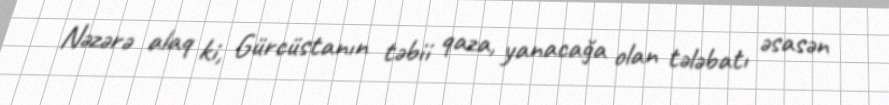
Nəzərə alaq ki, Gürcüstanın təbii qaza, yanacağa olan tələbatı əsasən